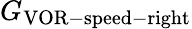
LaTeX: G_{\mathrm{VOR-speed-right}}